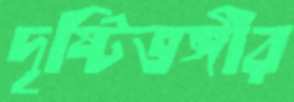
দৃষ্টিভঙ্গীর